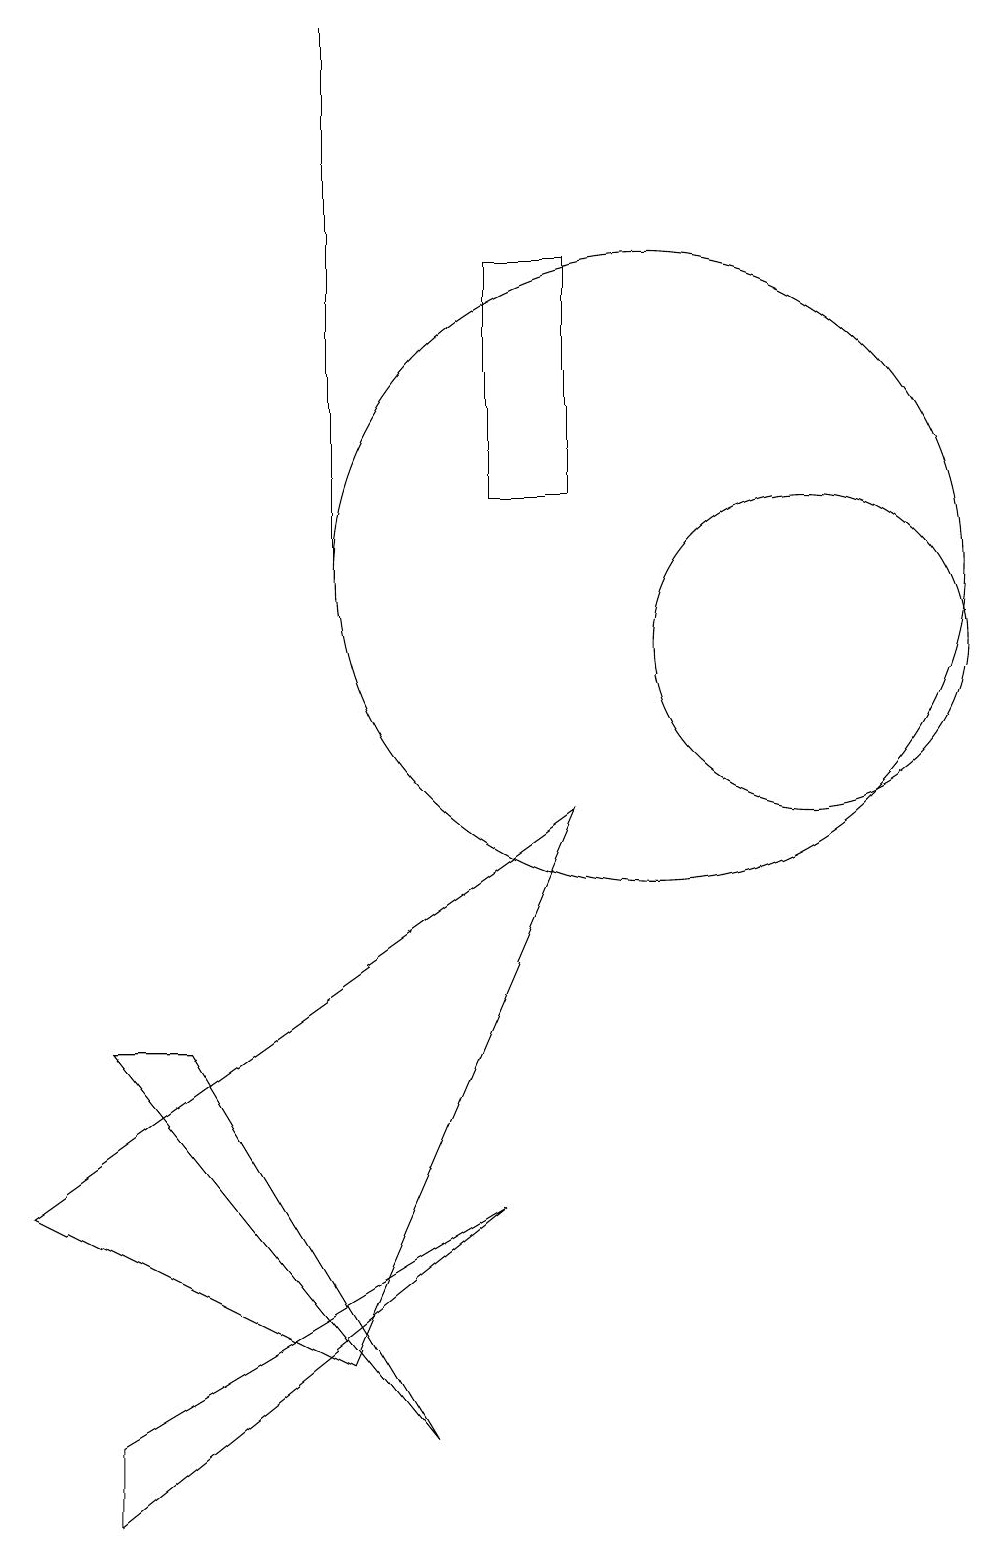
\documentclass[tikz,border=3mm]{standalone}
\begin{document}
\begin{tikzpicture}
\draw (12,11) circle (2);
\draw (10,12) circle (4);
\draw (3,0) -- (3,1) -- (8,4) -- cycle;
\draw (8,16) rectangle (9,13);
\draw (6,12) rectangle (6,19);
\draw (6,2) -- (9,9) -- (2,4) -- cycle;
\draw (7,1) -- (3,6) -- (4,6) -- cycle;
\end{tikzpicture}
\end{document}